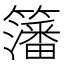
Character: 籓